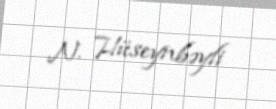
N. Hüseynbəyli